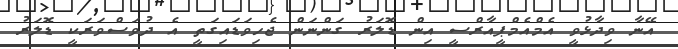
އޭނާ ވިދާޅުވީ އެމްއެމްޕީއާރްސީ އިން ޑޮލަރު ގަންނަން ޖެހިވަޑައިގަތީ އެ ދުވަސްވަރަކީ ޑޮލަރު